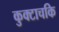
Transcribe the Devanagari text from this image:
कुक्टाचकि